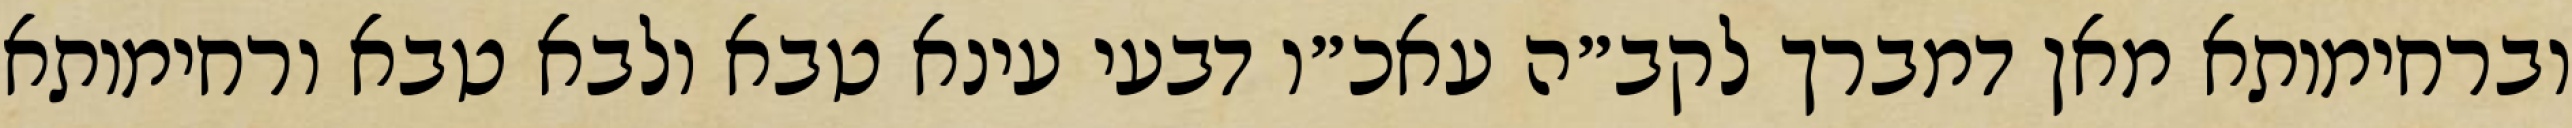
וברחימותא מאן דמברך לקב״ה עאכ״ו דבעי עינא טבא ולבא טבא ורחימותא